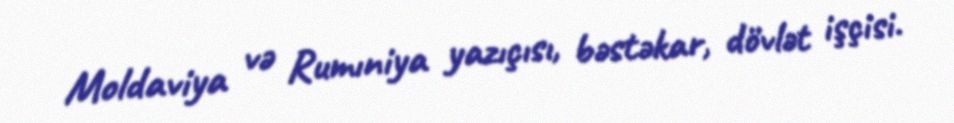
Moldaviya və Rumıniya yazıçısı, bəstəkar, dövlət işçisi.